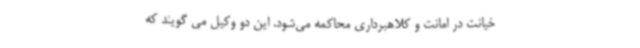
خیانت در امانت و کلاهبرداری محاکمه می‌شود. این دو وکیل می گویند که